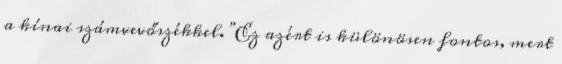
a kínai számvevőszékkel. "Ez azért is különösen fontos, mert